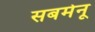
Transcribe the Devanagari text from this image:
सबमेनू